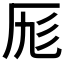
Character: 𠩇